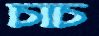
চাচ